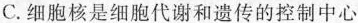
C.细胞核是细胞代谢和遗传的控制中心